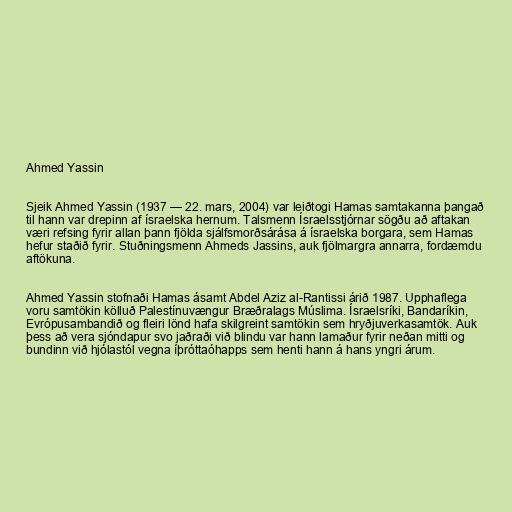
Ahmed Yassin

Sjeik Ahmed Yassin (1937 — 22. mars, 2004) var leiðtogi Hamas samtakanna þangað
til hann var drepinn af ísraelska hernum. Talsmenn Ísraelsstjórnar sögðu að aftakan
væri refsing fyrir allan þann fjölda sjálfsmorðsárása á ísraelska borgara, sem Hamas
hefur staðið fyrir. Stuðningsmenn Ahmeds Jassins, auk fjölmargra annarra, fordæmdu
aftökuna.

Ahmed Yassin stofnaði Hamas ásamt Abdel Aziz al-Rantissi árið 1987. Upphaflega
voru samtökin kölluð Palestínuvængur Bræðralags Múslima. Ísraelsríki, Bandaríkin,
Evrópusambandið og fleiri lönd hafa skilgreint samtökin sem hryðjuverkasamtök. Auk
þess að vera sjóndapur svo jaðraði við blindu var hann lamaður fyrir neðan mitti og
bundinn við hjólastól vegna íþróttaóhapps sem henti hann á hans yngri árum.